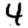
Digit: 4